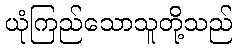
ယုံကြည်သောသူတို့သည်